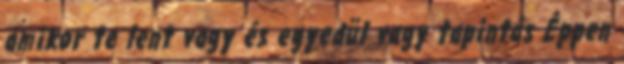
amikor te lent vagy és egyedül vagy tapintás Éppen